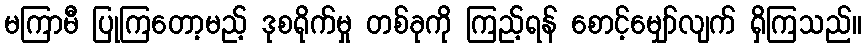
မကြာမီ ပြုကြတော့မည့် ဒုစရိုက်မှု တစ်ခုကို ကြည့်ရန် စောင့်မျှော်လျက် ရှိကြသည်။